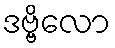
ဒဗ္ဗိလော